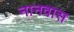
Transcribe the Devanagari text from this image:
नानवास